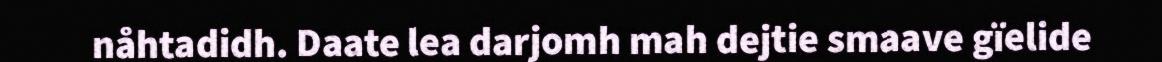
nåhtadidh. Daate lea darjomh mah dejtie smaave gïelide